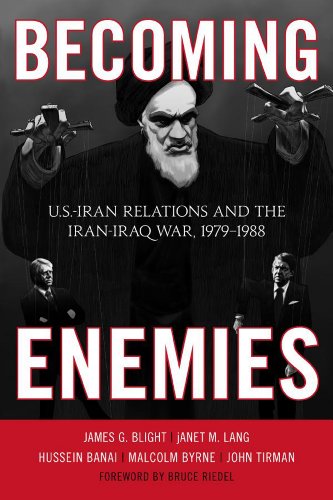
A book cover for Becoming Enemies: U.S.-Iran Relations and the Iran-Iraq War, 1979-1988; James G. Blight; History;